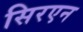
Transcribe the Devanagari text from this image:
सिरएन